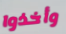
وأخذوا